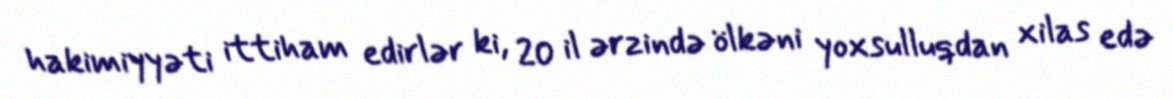
hakimiyyəti ittiham edirlər ki, 20 il ərzində ölkəni yoxsulluqdan xilas edə